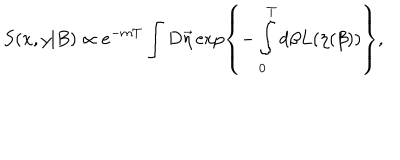
S ( x , y | B ) \propto e ^ { - m T } \int D \vec { \eta } \exp \left\{ - \int _ { 0 } ^ { T } d \beta L ( \eta ( \beta ) ) \right\} ,